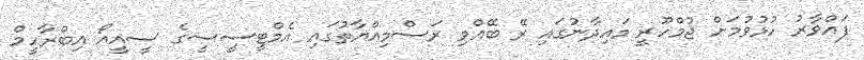
ފައްވާރު ހުޅުވުމަށް ޖުމްހޫރީ މައިދާނުގައި ރޭ ބޭއްވި ރަސްމިއްޔާތުގައި އެމްޓީސީސީގެ ސީއީއޯ އިބްރާހީމް